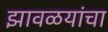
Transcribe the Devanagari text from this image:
झावळयांचा